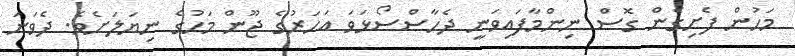
މަހުން ފެށިގެން ގޮސް ނިންމާފައިވަނީ ދެހާސްސޯޅަވަ އަހަރުގެ ޖޫން މަހުގެ ނިޔަލަށެވެ. ދެވަނަ